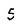
Character: 5